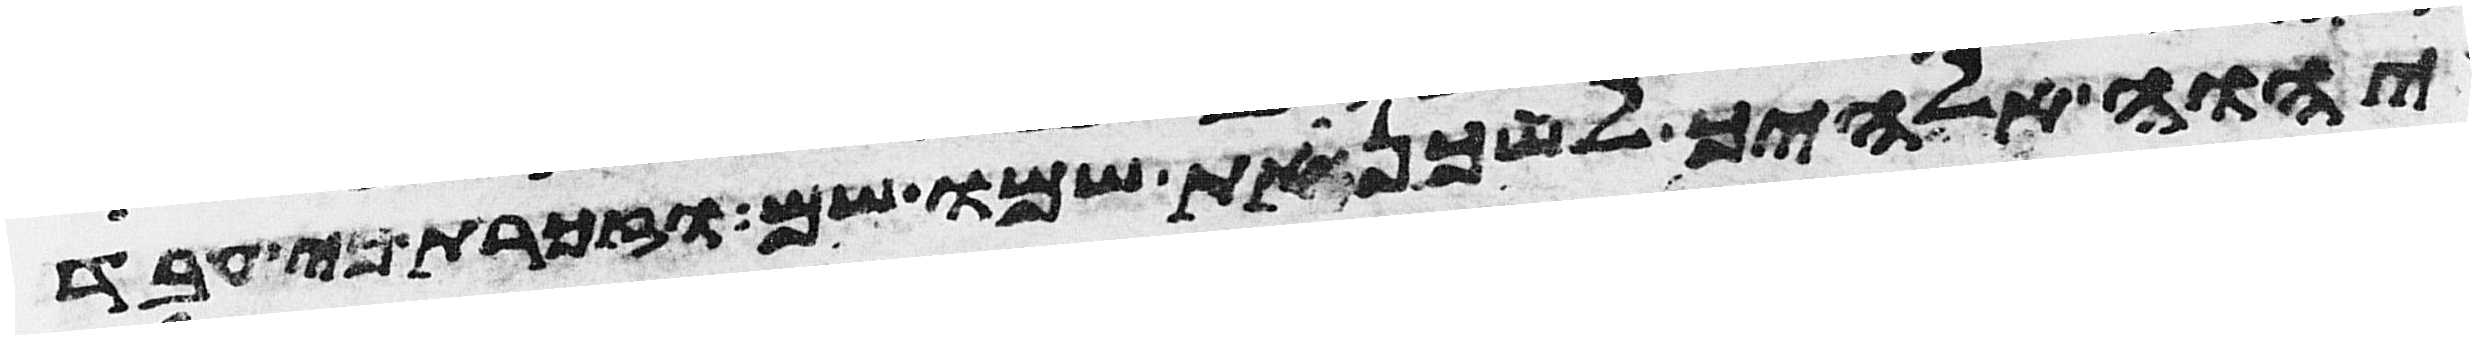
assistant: יהוה אלהיך לשכן את שמו שם וזכרת כי עבד